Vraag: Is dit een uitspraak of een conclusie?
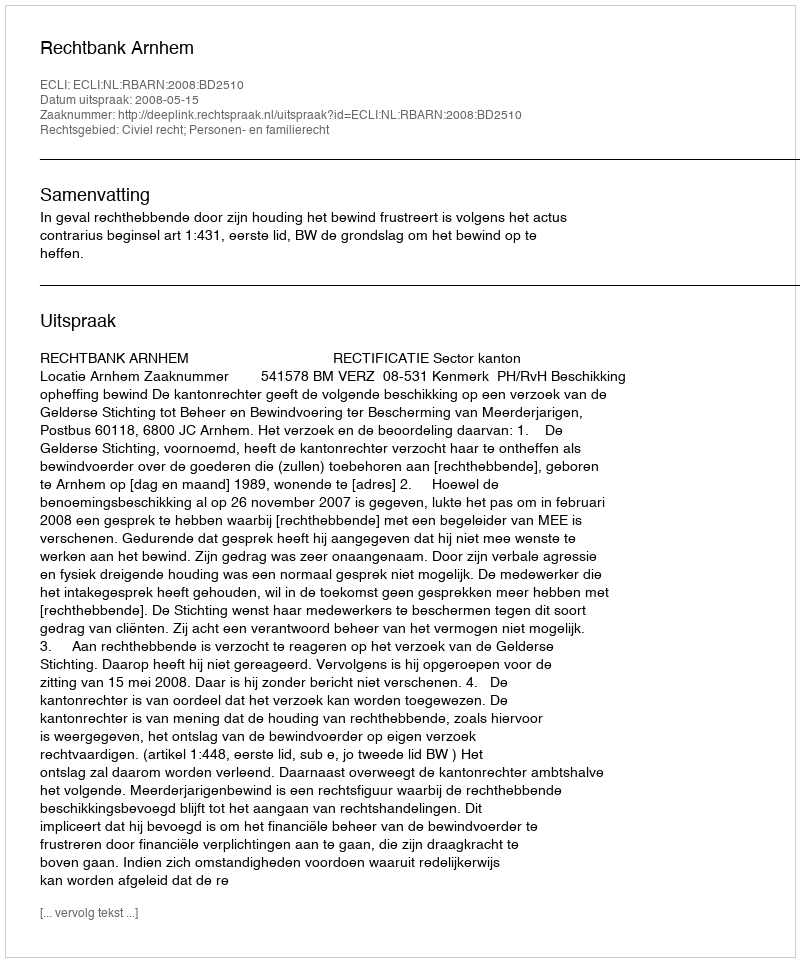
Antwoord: Uitspraak